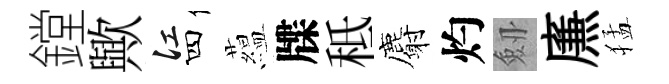
鏜歟江四藴牒秪麝灼劔㢘猛